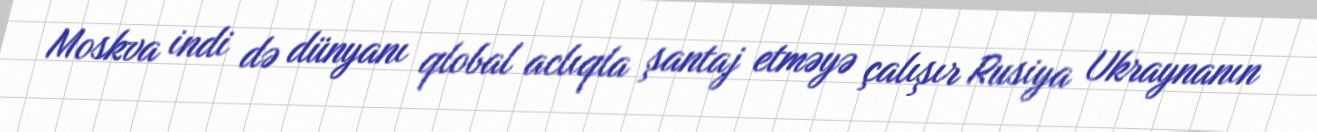
Moskva indi də dünyanı qlobal aclıqla şantaj etməyə çalışır Rusiya Ukraynanın